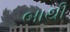
બાથી